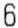
6